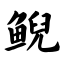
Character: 鲵